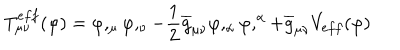
T _ { \mu \nu } ^ { e f f } ( \varphi ) = \varphi , _ { \mu } \varphi , _ { \nu } - \frac { 1 } { 2 } \overline { { { g } } } _ { \mu \nu } \varphi , _ { \alpha } \varphi , ^ { \alpha } + \overline { { { g } } } _ { \mu \nu } V _ { e f f } ( \varphi )